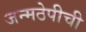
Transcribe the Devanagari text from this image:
जन्मठेपीची